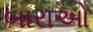
બારાઓ